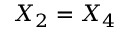
X _ { 2 } = X _ { 4 }